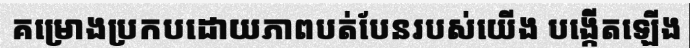
គម្រោងប្រកបដោយភាពបត់បែនរបស់យើង បង្កើតឡើង